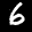
Label: 6